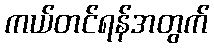
ကယ်တင်ရန်အတွက်